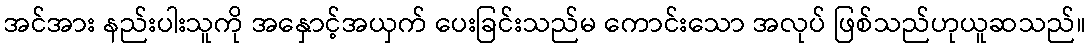
အင်အား နည်းပါးသူကို အနှောင့်အယှက် ပေးခြင်းသည်မ ကောင်းသော အလုပ် ဖြစ်သည်ဟုယူဆသည်။